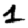
Digit: 1